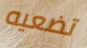
تضعيه